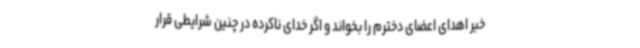
خبر اهدای اعضای دخترم را بخواند و اگر خدای ناکرده در چنین شرایطی قرار